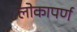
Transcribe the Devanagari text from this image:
लोकापर्ण